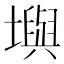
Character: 𪤧